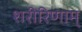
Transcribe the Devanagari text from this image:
शरीरिणाम्